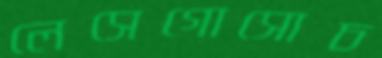
লেসেগোসোচ